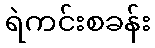
ရဲကင်းစခန်း